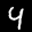
Label: 4